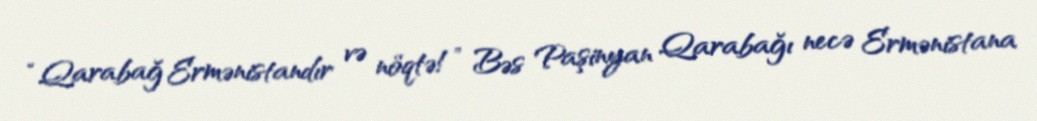
“Qarabağ Ermənistandır və nöqtə!” Bəs Paşinyan Qarabağı necə Ermənistana